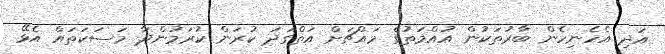
އަދި އެހެނިހެން ބާރުތަކުން އުއްމަތުގެ މައްޗަށް އަތްގަދަ ކުރަން ކުރަމުންދާ މަސަކަތައް އެޅޭ